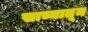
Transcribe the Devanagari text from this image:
साच्यातून